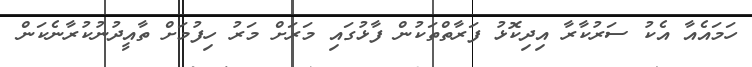
ހަމައެއާ އެކު ސަރުކާރާ އިދިކޮޅު ފަރާތްތަކުން ފާޅުގައި މަރަށް މަރު ހިފުމަށް ތާއީދުނުކުރާނެކަން